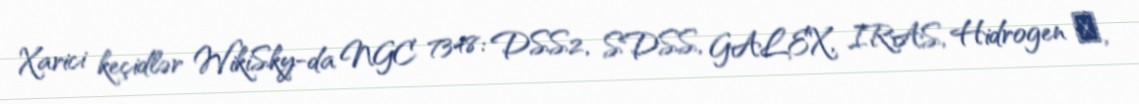
Xarici keçidlər WikiSky-da NGC 7348: DSS2, SDSS, GALEX, IRAS, Hidrogen α,